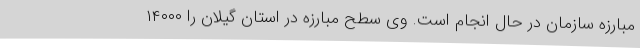
مبارزه سازمان در حال انجام است. وی سطح مبارزه در استان گیلان را ۱۴۰۰۰